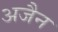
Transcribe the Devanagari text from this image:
अजैन